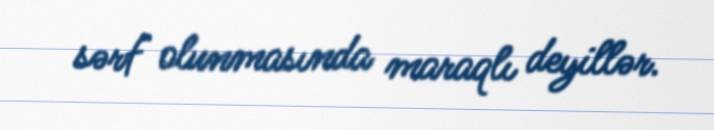
sərf olunmasında maraqlı deyillər.